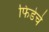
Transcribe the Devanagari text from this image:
फिडेचे